Indian journal of veterinary science and animal husbandry - Volumes 24-25, 1954-1955
Year: 1954
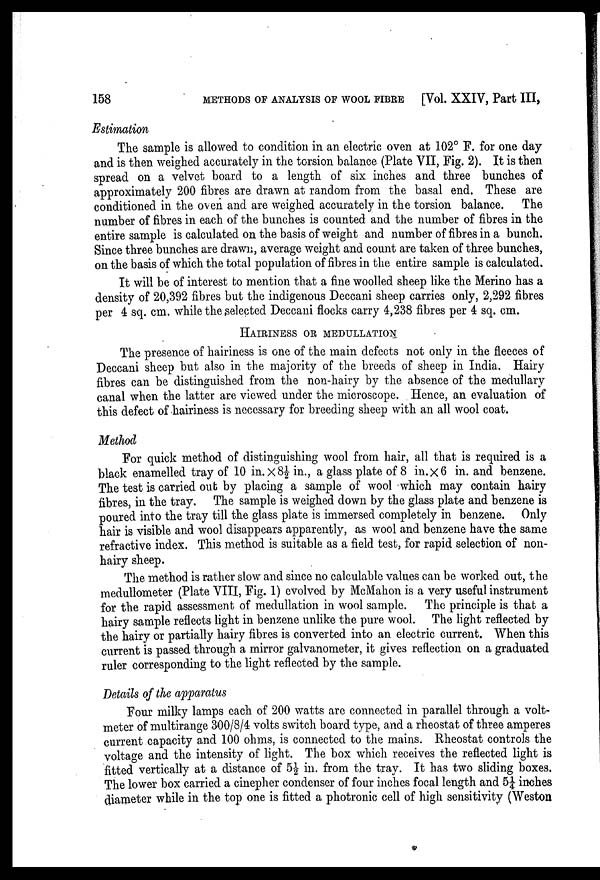
158 METHODS OF ANALYSIS OF WOOL FIBRE [Vol. XXIV, Part III,
Estimation
The sample is allowed to condition in an electric oven at 102° F. for one day
and is then weighed accurately in the torsion balance (Plate VII, Fig. 2). It is then
spread on a velvet board to a length of six inches and three bunches of
approximately 200 fibres are drawn at random from the basal end. These are
conditioned in the oven and are weighed accurately in the torsion balance. The
number of fibres in each of the bunches is counted and the number of fibres in the
entire sample is calculated on the basis of weight and number of fibres in a bunch.
Since three bunches are drawn, average weight and count are taken of three bunches,
on the basis of which the total population of fibres in the entire sample is calculated.
It will be of interest to mention that a fine woolled sheep like the Merino has a
density of 20,392 fibres but the indigenous Deccani sheep carries only, 2,292 fibres
per 4 sq. cm. while the selected Deccani flocks carry 4,238 fibres per 4 sq. cm.
HAIRINESS OR MEDULLATION
The presence of hairiness is one of the main defects not only in the fleeces of
Deccani sheep but also in the majority of the breeds of sheep in India. Hairy
fibres can be distinguished from the non-hairy by the absence of the medullary
canal when the latter are viewed under the microscope. Hence, an evaluation of
this defect of hairiness is necessary for breeding sheep with an all wool coat.
Method
For quick method of distinguishing wool from hair, all that is required is a
black enamelled tray of 10 in. X 8½ in., a glass plate of 8 in. X 6 in. and benzene.
The test is carried out by placing a sample of wool which may contain hairy
fibres, in the tray. The sample is weighed down by the glass plate and benzene is
poured into the tray till the glass plate is immersed completely in benzene. Only
hair is visible and wool disappears apparently, as wool and benzene have the same
refractive index. This method is suitable as a field test, for rapid selection of non-
hairy sheep.
The method is rather slow and since no calculable values can be worked out, the
medullometer (Plate VIII, Fig. 1) evolved by McMahon is a very useful instrument
for the rapid assessment of medullation in wool sample. The principle is that a
hairy sample reflects light in benzene unlike the pure wool. The light reflected by
the hairy or partially hairy fibres is converted into an electric current. When this
current is passed through a mirror galvanometer, it gives reflection on a graduated
ruler corresponding to the light reflected by the sample.
Details of the apparatus
Four milky lamps each of 200 watts are connected in parallel through a volt-
meter of multirange 300/8/4 volts switch board type, and a rheostat of three amperes
current capacity and 100 ohms, is connected to the mains. Rheostat controls the
voltage and the intensity of light. The box which receives the reflected light is
fitted vertically at a distance of 5½ in. from the tray. It has two sliding boxes.
The lower box carried a cinepher condenser of four inches focal length and 5¼ inches
diameter while in the top one is fitted a photronic cell of high sensitivity (Weston